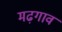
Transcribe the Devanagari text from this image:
मढ़गाव